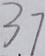
3 7